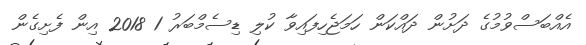
އެއްބަސްވުމުގެ ދަށުން ދައްކަން ހަމަޖެހިފައިވާ ކުލި ޑިސެމްބަރު 1 2018 އިން ފެށިގެން